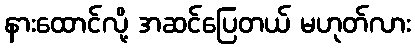
နားထောင်လို့ အဆင်ပြေတယ် မဟုတ်လား